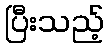
ပြီးသည့်